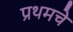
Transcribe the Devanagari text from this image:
प्रथमचे